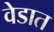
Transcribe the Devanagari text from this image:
वेडात